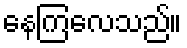
နေကြလေသည်။